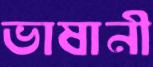
ভাষানী